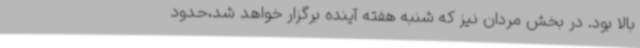
بالا بود. در بخش مردان نیز که شنبه هفته آینده برگزار خواهد شد،حدود